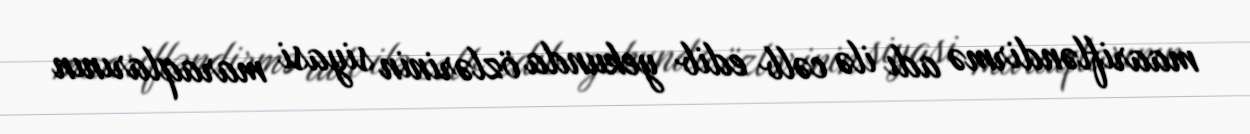
maarifləndirmə adı ilə cəlb edib yekunda özlərinin siyasi maraqlarının